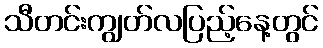
သီတင်းကျွတ်လပြည့်နေ့တွင်